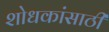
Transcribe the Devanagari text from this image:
शोधकांसाठी